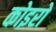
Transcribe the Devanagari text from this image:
कोइरो